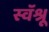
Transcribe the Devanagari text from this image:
स्वॅश्रू